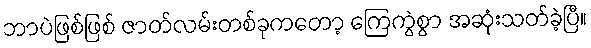
ဘာပဲဖြစ်ဖြစ် ဇာတ်လမ်းတစ်ခုကတော့ ကြေကွဲစွာ အဆုံးသတ်ခဲ့ပြီ။